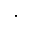
.